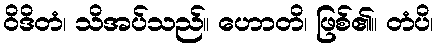
ဝိဒိတံ၊ သိအပ်သည်။ ဟောတိ၊ ဖြစ်၏။ တံပိ၊